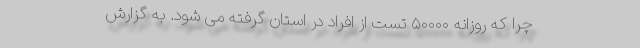
چرا که روزانه ۵۰۰۰۰ تست از افراد در استان گرفته می شود. به گزارش